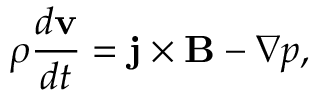
\rho \frac { d { \mathbf { v } } } { d t } = \mathbf { j } \times \mathbf { B } - \nabla p ,